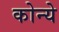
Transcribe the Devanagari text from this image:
कोन्ये